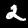
Label: 2